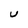
Character: U